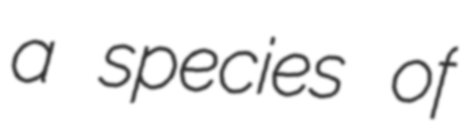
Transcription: a species of